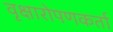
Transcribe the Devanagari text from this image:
वृक्षारोपणकर्ता